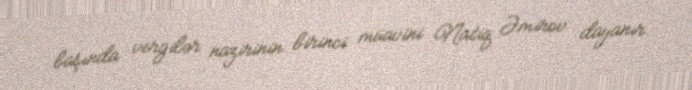
başında vergilər nazirinin birinci müavini Natiq Əmirov dayanır.